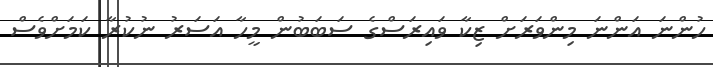
ހުންނަ އަންނަ މިންވަރަށް ޒިކާ ވައިރަސްގެ ސަބަބުން މީހާ އަސަރު ނުކުރާ ކަމަށްވެސް